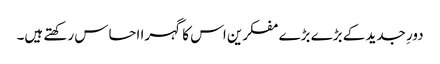
دورِ جدید کے بڑے بڑے مفکرین اس کا گہرا احساس رکھتے ہیں۔